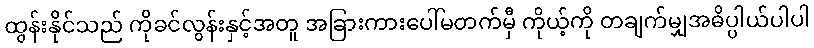
ထွန်းနိုင်သည် ကိုခင်လွန်းနှင့်အတူ အခြားကားပေါ်မတက်မှီ ကိုယ့်ကို တချက်မျှအဓိပ္ပါယ်ပါပါ